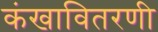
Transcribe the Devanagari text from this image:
कंखावितरणी